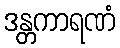
ဒန္တကာရဏံ